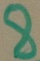
Text: 8